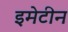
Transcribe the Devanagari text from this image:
इमेटीन